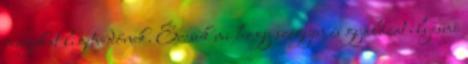
magukat ligetvédőnek. Ércsük mi hogy szégyen és gyalázat ilyesmi